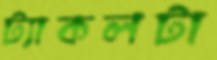
ট্যাকলটা